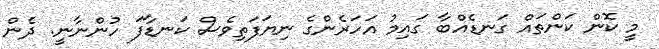
މީ ކޮން ކަންތައް ގަނޑެއްބާ ގައިމު އަހަރެންގެ ނިޔަފަތިވެސް ކަނޑާފަ ހުންނާނީ. ދެން